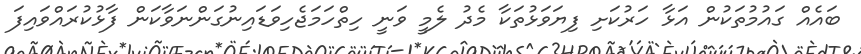
ބައެއް ގައުމުތަކުން އަޅާ ހަރުކަށި ފިޔަވަޅުތަކާ މެދު ލެމީ ވަނީ ހިތްހަމަޖެހިވަޑައިނުގަންނަވާކަން ފާޅުކުރައްވައިފަ